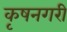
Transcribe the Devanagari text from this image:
कृषनगरी